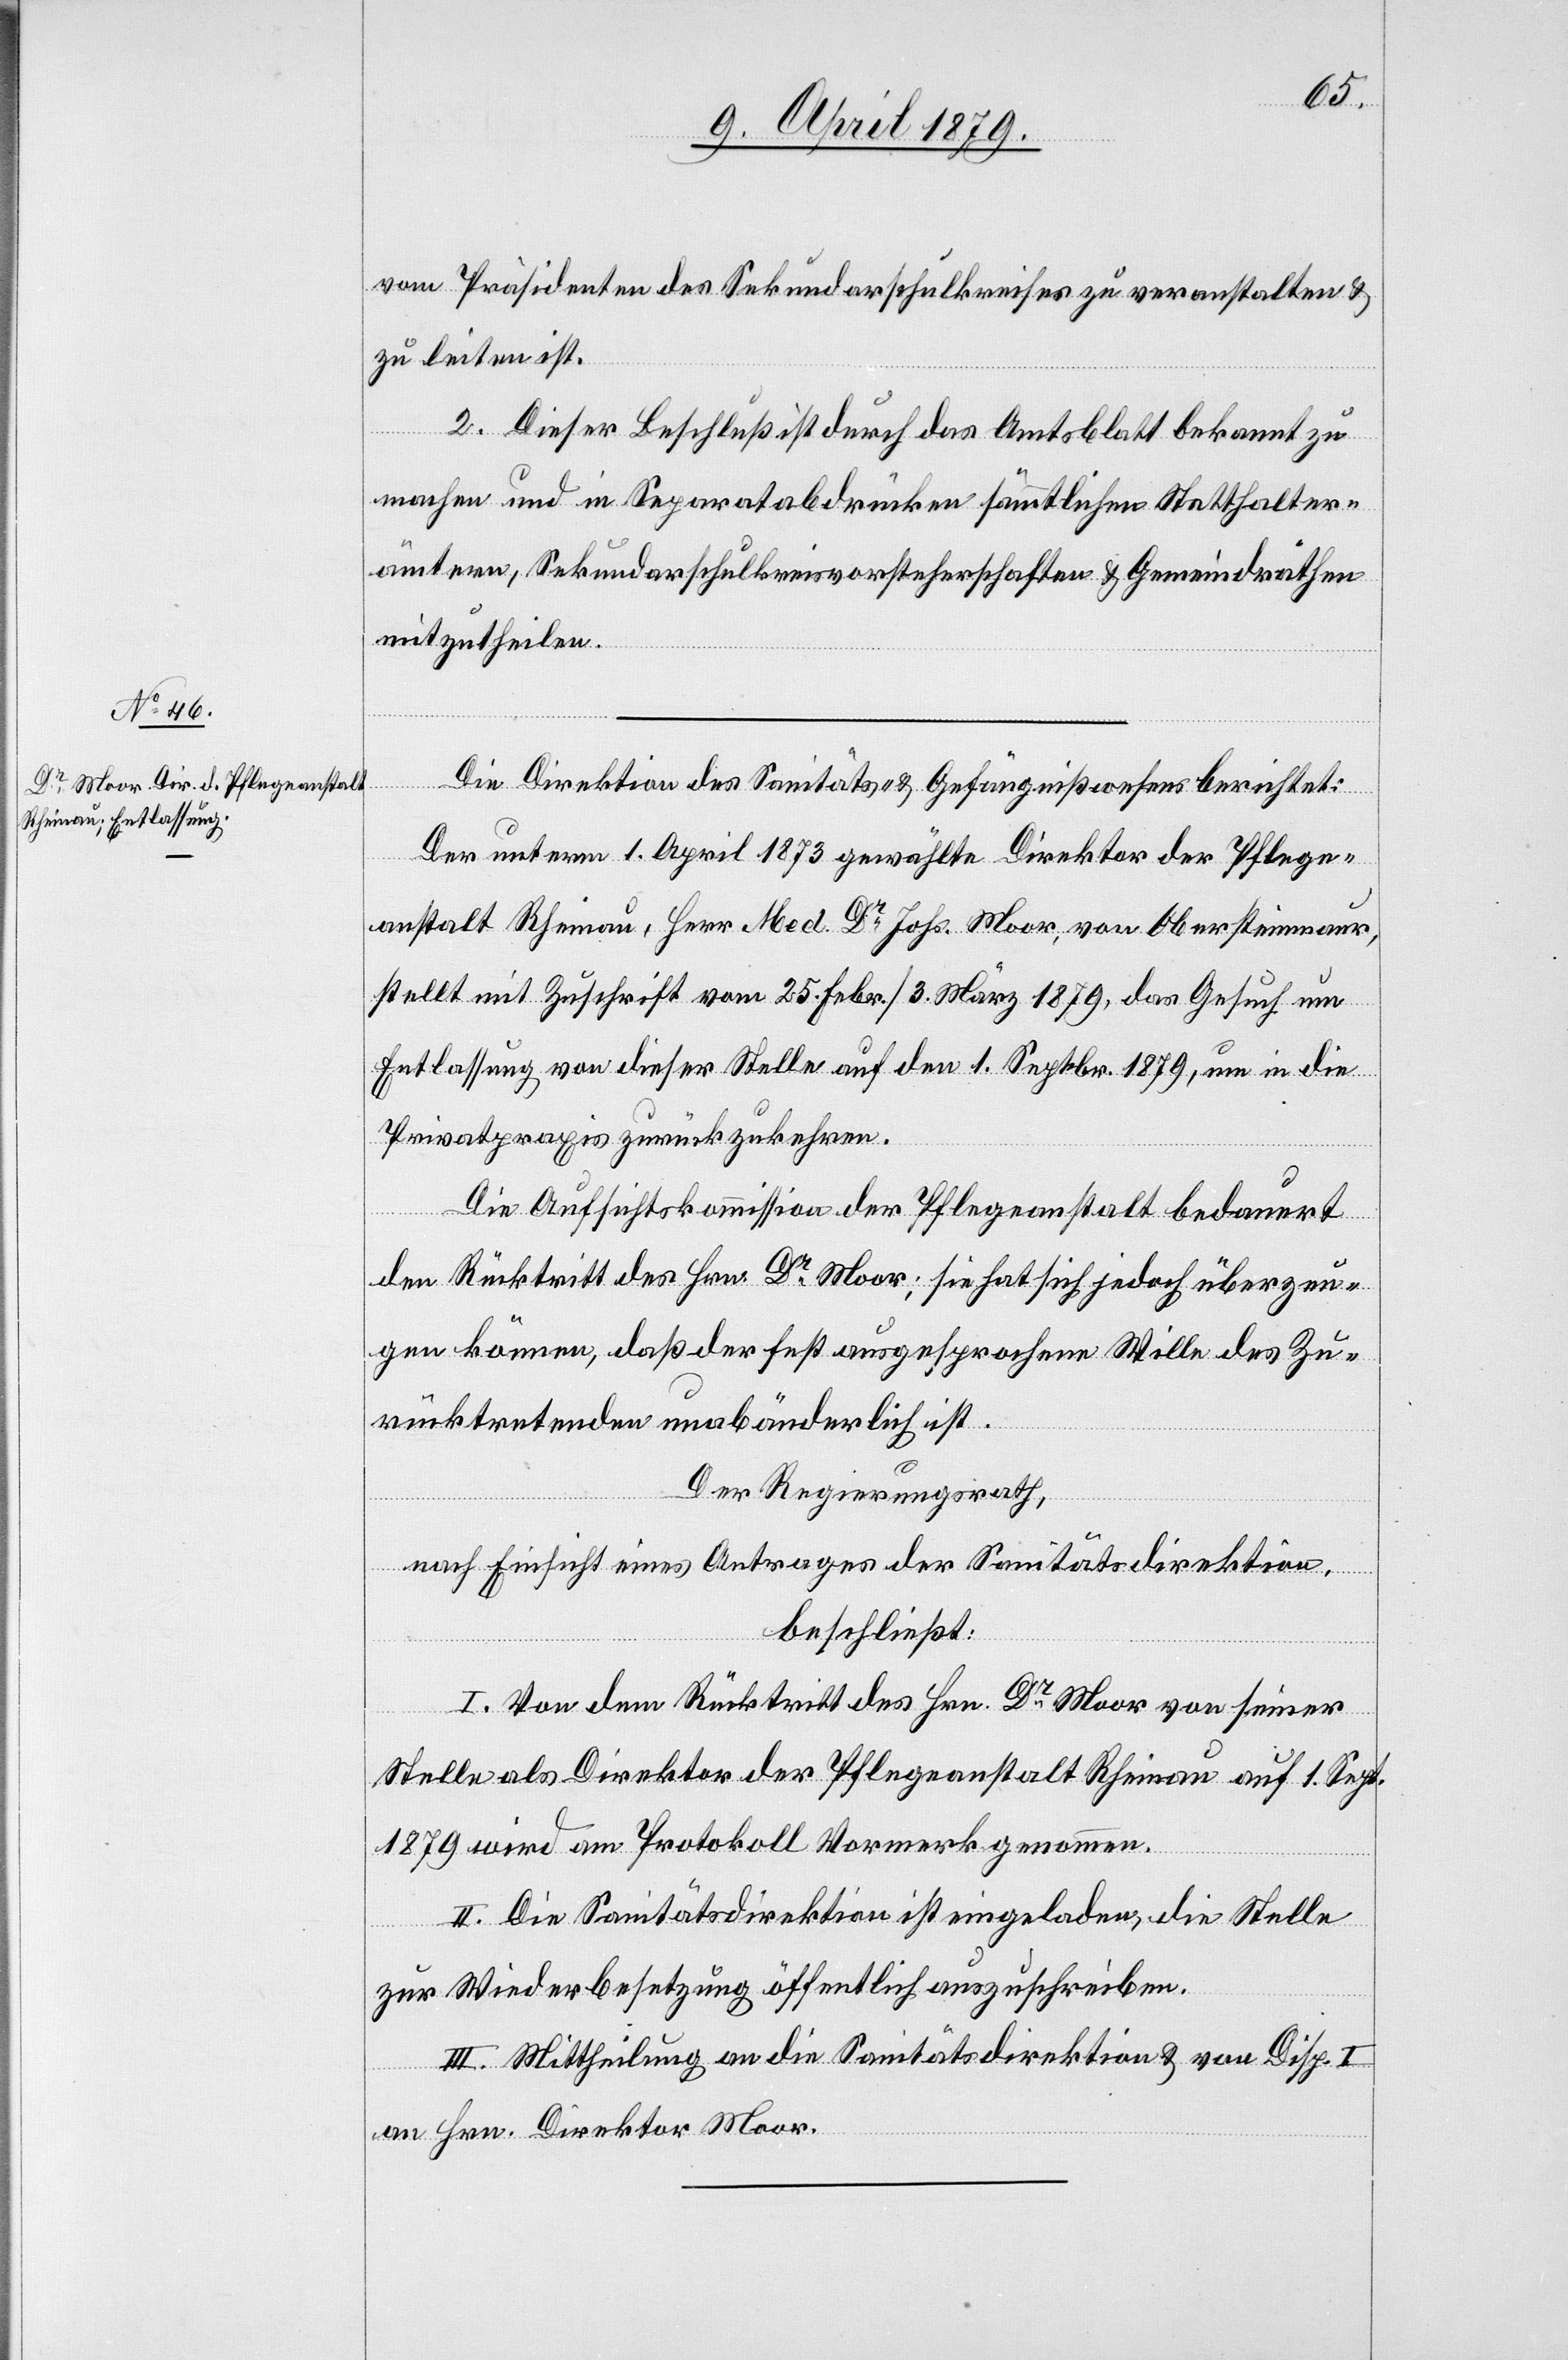
vom Präsidenten des Sekundarschulkreises zu veranstalten &
zu leiten ist.
2. Dieser Beschluß ist durch das Amtsblatt bekannt zu
machen und in Separatabdrücken sämmtlichen Statthalter¬
ämtern, Sekundarschulkreisvorsteherschaften & Gemeindräthen
mitzutheilen.
Die Direktion des Sanitäts- & Gefängnißwesens berichtet:
Der unterm 1. April 1873 gewählte Direktor der Pflege¬
anstalt Rheinau, Herr Med. Dr Johs. Moor, von Obersteinmaur,
stellt mit Zuschrift vom 25. Febr./3. März 1879, das Gesuch um
Entlassung von dieser Stelle auf den 1. Septbr. 1879, um in die
Privatpraxis zurückzukehren.
Die Aufsichtskommission der Pflegeanstalt bedauert
den Rücktritt des Hrn. Dr Moor; sie hat sich jedoch überzeu¬
gen können, daß der fest ausgesprochene Wille des Zu¬
rücktretenden unabänderlich ist.
Der Regierungsrath,
nach Einsicht eines Antrages der Sanitätsdirektion,
beschließt:
I. Von dem Rücktritt des Hrn. Dr Moor von seiner
Stelle als Direktor der Pflegeanstalt Rheinau auf 1. Sept.
1879 wird am Protokoll Vormerk genommen.
II. Die Sanitätsdirektion ist eingeladen, die Stelle
zur Wiederbesetzung öffentlich auszuschreiben.
III. Mittheilung an die Sanitätsdirektion & von Disp.
an Hrn. Direktor Moor.